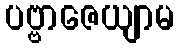
ပဗ္ဗာဇေယျာမ